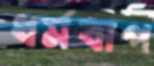
ধর্মবাপ